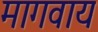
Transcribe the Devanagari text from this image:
मागवाय